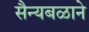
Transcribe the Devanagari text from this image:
सैन्यबळाने